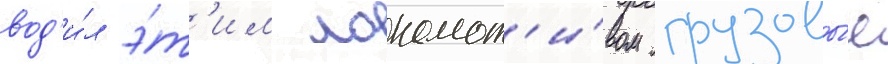
вод'и́л э́т'им локомот'и́вом грузовы́е